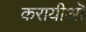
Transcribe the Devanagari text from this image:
करायीऒ